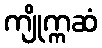
ကျိုက္ကဆံ